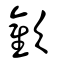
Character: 歡